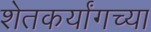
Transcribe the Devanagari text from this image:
शेतकर्यांगच्या